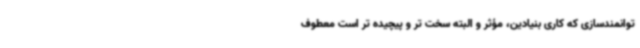
توانمندسازی که کاری بنیادین، مؤثر و البته سخت تر و پیچیده تر است معطوف